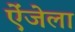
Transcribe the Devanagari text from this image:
ऐंजेला